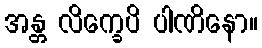
အန္တ လိက္ခေပိ ပါဏိနော။